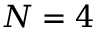
N = 4